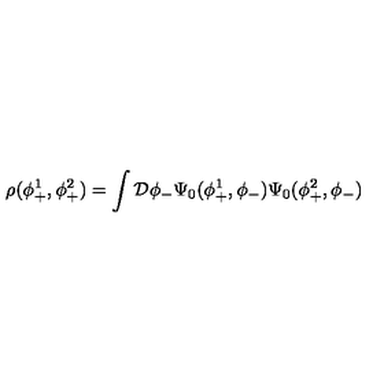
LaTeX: \rho ( \phi _ { + } ^ { 1 } , \phi _ { + } ^ { 2 } ) = \int { \cal D } \phi _ { - } \Psi _ { 0 } ( \phi _ { + } ^ { 1 } , \phi _ { - } ) \Psi _ { 0 } ( \phi _ { + } ^ { 2 } , \phi _ { - } )